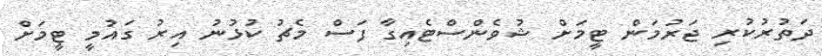
ދަތުރުކުރި ޖަރުމަން ޓީމަށް ޝުވެންސްޓެއިގާ ފަސް މެޗު ކުޅުނު އިރު ގައުމީ ޓީމަށް